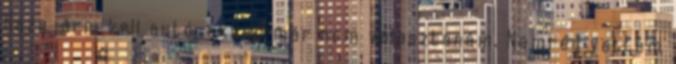
hazajárni kell autó, akkor már nem választanám. Nemrég vettem